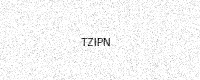
Text: TZIPN